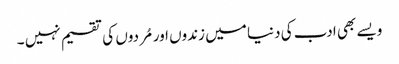
ویسے بھی ادب کی دنیا میں زندوں اور مُردوں کی تقسیم نہیں ۔